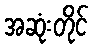
အဆုံးတိုင်